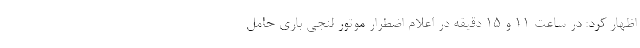
اظهار کرد: در ساعت ۱۱ و ۱۵ دقیقه در اعلام اضطرار موتور لنجی باری حامل